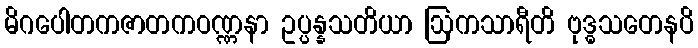
မိဂပေါတကဇာတကဝဏ္ဏနာ ဥပ္ပန္နသတိယာ ဩကသာရီတိ ဗုဒ္ဓသတေနပိ